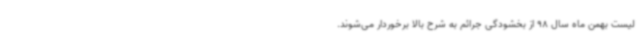
لیست بهمن ماه سال 98 از بخشودگی جرائم به شرح بالا برخوردار می‌شوند.